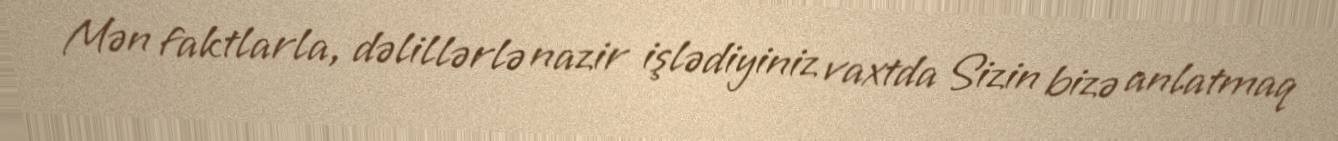
Mən faktlarla, dəlillərlə nazir işlədiyiniz vaxtda Sizin bizə anlatmaq